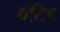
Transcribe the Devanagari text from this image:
बंटिग